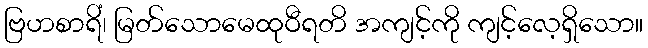
ဗြဟစာရိံ၊ မြတ်သောမေထုဝီရတိ အကျင့်ကို ကျင့်လေ့ရှိသော။